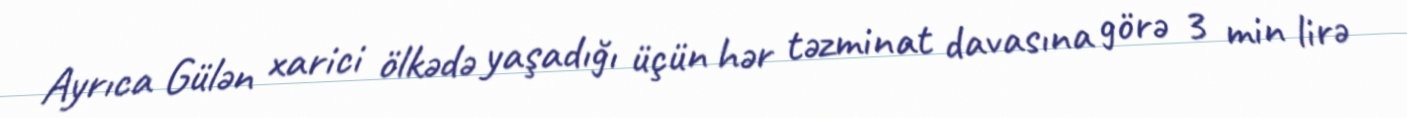
Ayrıca Gülən xarici ölkədə yaşadığı üçün hər təzminat davasına görə 3 min lirə